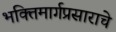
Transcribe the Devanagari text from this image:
भक्तिमार्गप्रसाराचे